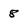
Character: 8